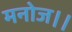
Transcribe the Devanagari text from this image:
मनोज।।